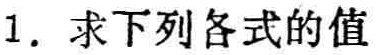
1. 求下列各式的值